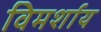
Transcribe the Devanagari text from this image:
विमर्शाय